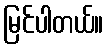
မြင်ပါတယ်။